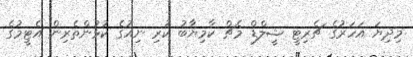
މިދިޔަ އަހަރުގެ ޗެރިޓީ ޝީލްޑް މެޗް ކާމިޔާބު ކުރި ނިއުގެ ކުޅުންތެރިން އެޓީމުގެ